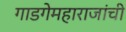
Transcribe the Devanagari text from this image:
गाडगेमहाराजांची